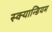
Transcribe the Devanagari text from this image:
स्क्यान्डियम